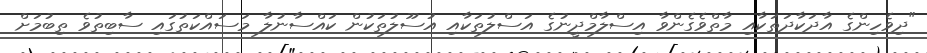
"ދިވެހިންގެ އާދަކާދަތަކާއި މާތްވެގެންވާ އިސްލާމްދީނުގެ އަސްލުތަކާއި އުސޫލުތަކުން ކައްސާނުލާ މަސައްކަތުގައި ސާބިތުވެ ތިބުމަށް